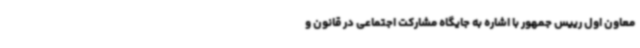
معاون اول رییس جمهور با اشاره به جایگاه مشارکت اجتماعی در قانون و